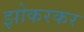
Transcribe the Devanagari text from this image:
झोकरकर